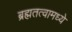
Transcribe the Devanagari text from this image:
ब्रह्मतत्वामध्ये